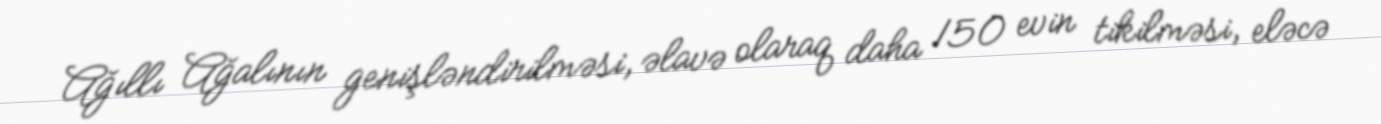
Ağıllı Ağalının genişləndirilməsi, əlavə olaraq daha 150 evin tikilməsi, eləcə